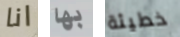
انا بها خطيئة